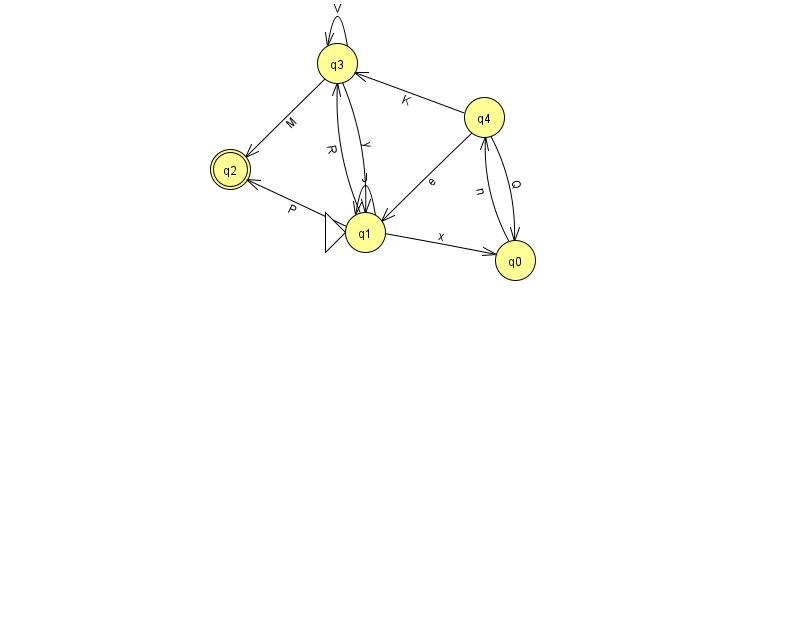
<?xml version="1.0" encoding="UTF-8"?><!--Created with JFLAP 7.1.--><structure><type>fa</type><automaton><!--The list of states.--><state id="0" name="q0"><x>515.0</x><y>247.0</y></state><state id="1" name="q1"><x>365.0</x><y>219.0</y><initial/></state><state id="2" name="q2"><x>230.0</x><y>156.0</y><final/></state><state id="3" name="q3"><x>337.0</x><y>50.0</y></state><state id="4" name="q4"><x>484.0</x><y>104.0</y></state><!--The list of transitions.--><transition><from>3</from><to>2</to><read>M</read></transition><transition><from>1</from><to>0</to><read>x</read></transition><transition><from>1</from><to>3</to><read>R</read></transition><transition><from>3</from><to>3</to><read>V</read></transition><transition><from>4</from><to>0</to><read>Q</read></transition><transition><from>4</from><to>3</to><read>K</read></transition><transition><from>0</from><to>4</to><read>n</read></transition><transition><from>1</from><to>1</to><read>J</read></transition><transition><from>4</from><to>1</to><read>e</read></transition><transition><from>1</from><to>2</to><read>P</read></transition><transition><from>3</from><to>1</to><read>y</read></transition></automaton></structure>